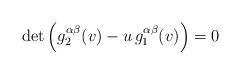
LaTeX: \begin{align*}\det \left( g^{\alpha\beta}_2(v)-u \,g^{\alpha\beta}_1(v)\right)=0\end{align*}